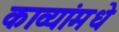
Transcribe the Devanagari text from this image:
काव्यांमधे